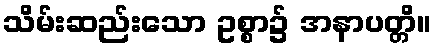
သိမ်းဆည်းသော ဥစ္စာ၌ အနာပတ္တိ။